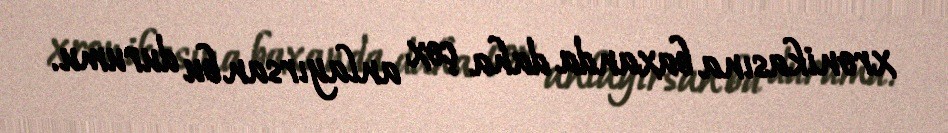
xronikasına baxanda daha çox anlayırsan bu durumu.